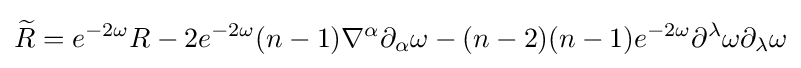
{\widetilde {R}}=e^{-2\omega }R-2e^{-2\omega }(n-1)\nabla ^{\alpha }\partial _{\alpha }\omega -(n-2)(n-1)e^{-2\omega }\partial ^{\lambda }\omega \partial _{\lambda }\omega